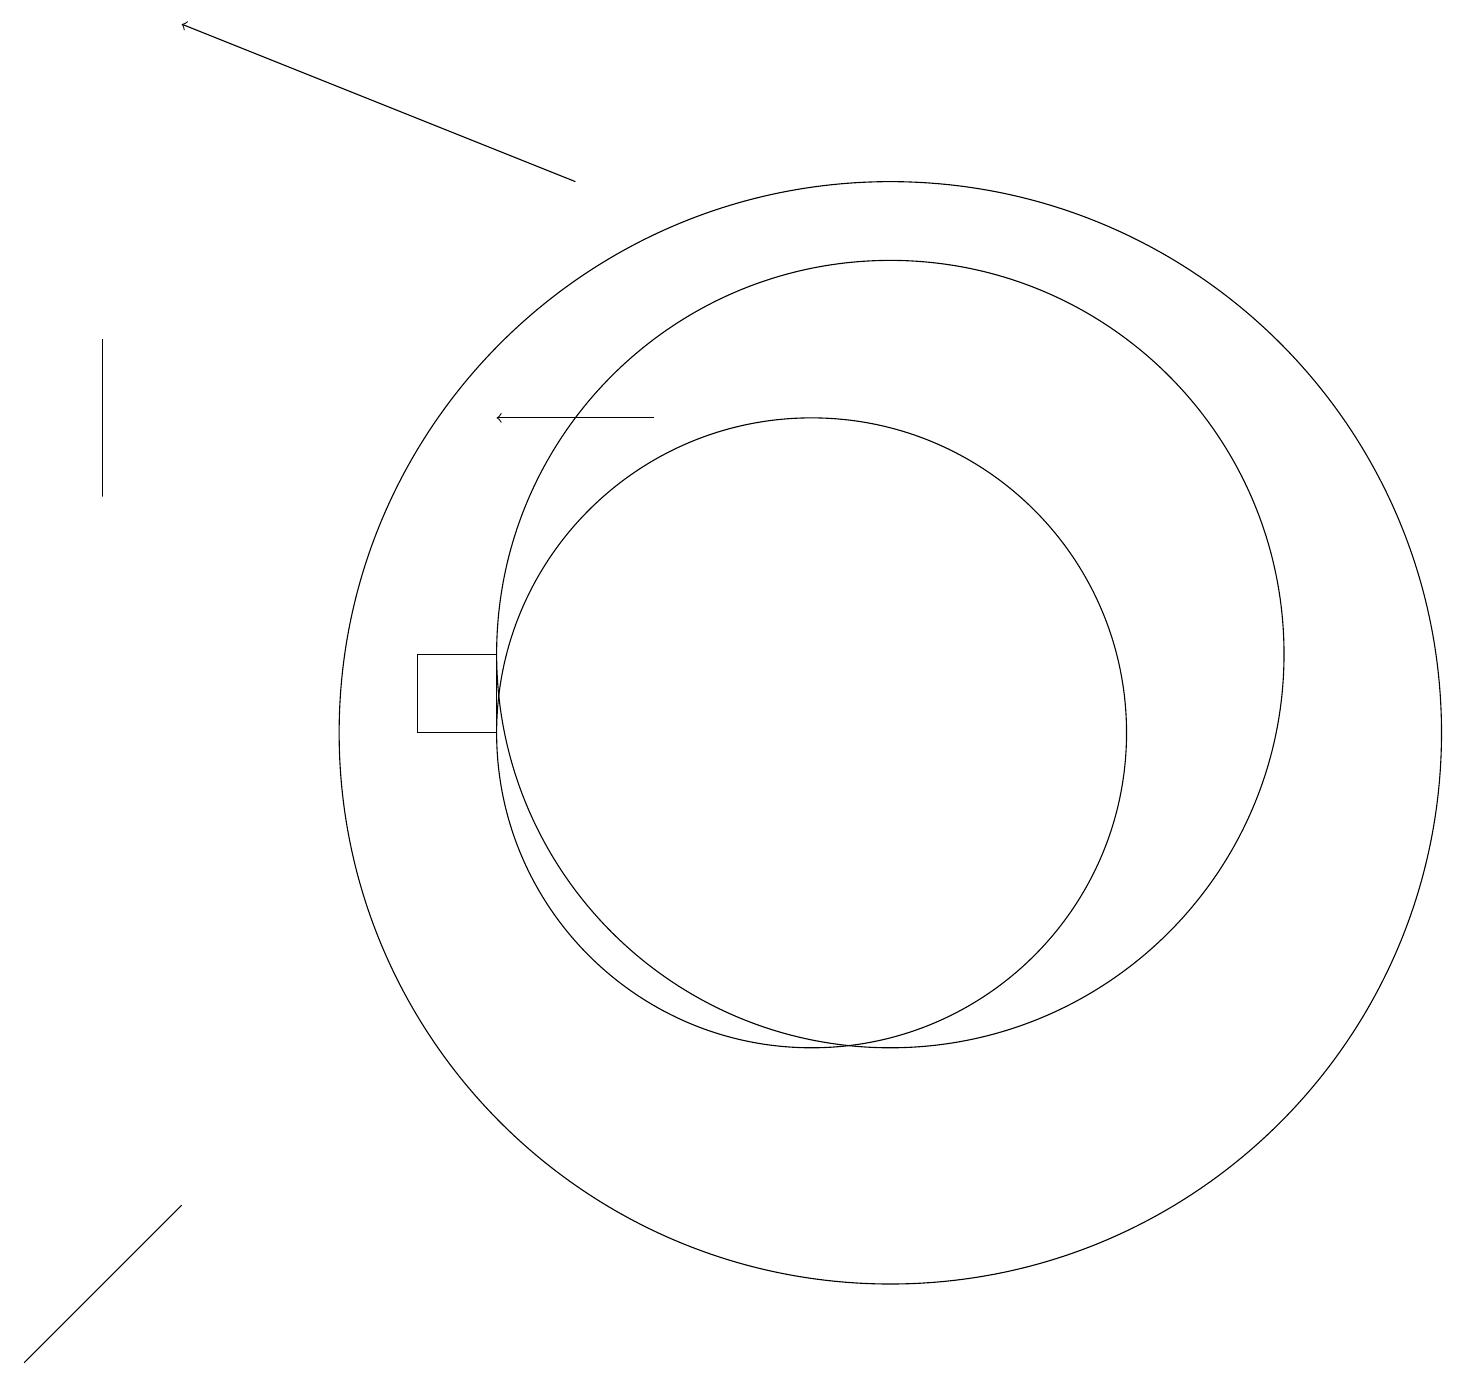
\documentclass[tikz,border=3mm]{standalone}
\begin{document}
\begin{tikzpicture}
\draw (11,11) circle (5);
\draw[->] (7,17) -- (2,19);
\draw (1,3) -- (2,4) -- (0,2) -- cycle;
\draw[->] (8,14) -- (6,14);
\draw (10,10) circle (4);
\draw (5,10) rectangle (6,11);
\draw (1,13) rectangle (1,15);
\draw (11,10) circle (7);
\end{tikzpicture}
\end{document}